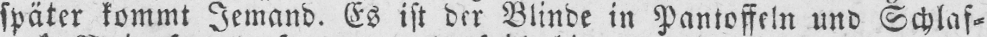
später kommt Jemand. Es ist der Blinde in Pantoffeln und Schlaf⸗